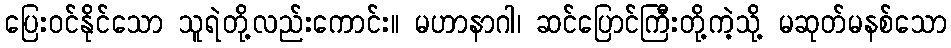
ပြေးဝင်နိုင်သော သူရဲတို့လည်းကောင်း။ မဟာနာဂါ၊ ဆင်ပြောင်ကြီးတို့ကဲ့သို့ မဆုတ်မနစ်သော